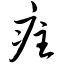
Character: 疰